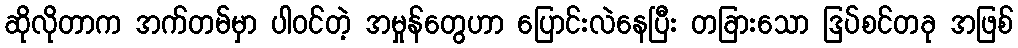
ဆိုလိုတာက အက်တမ်မှာ ပါဝင်တဲ့ အမှုန်တွေဟာ ပြောင်းလဲနေပြီး တခြားသော ဒြပ်စင်တခု အဖြစ်